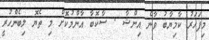
މިފަހަރު ކާމިޔާބު ވާނެ އިންޝާ . ސާކޮބާ އާންމުކޮށް މި ތެޔޮ ލިބެންހުރީ